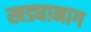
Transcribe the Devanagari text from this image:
खड्यानाग